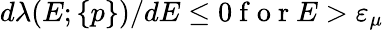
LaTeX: \begin{array}{r}{d\lambda(E;\{ p\} )/dE\le 0\mathrm{~f~o~r~}E>\varepsilon_{\mu}}\end{array}